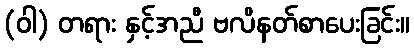
(ဝါ) တရား နှင့်အညီ ဗလိနတ်စာပေးခြင်း။